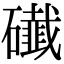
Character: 䃱